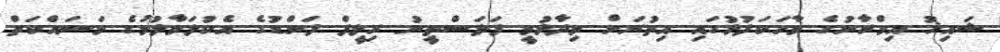
ޝައިޚު އިމްރާނުގެ ވާހަކަފުޅުގައި އިތުރަށް ވިދާޅުވީ ފަލަސްތީނު ރިލީފް ފަންޑުގެ އެކުލަވާލުމުގެ މަސައްކަތް